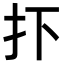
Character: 𢩹